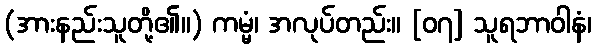
(အားနည်းသူတို့၏။) ကမ္မံ၊ အလုပ်တည်း။ [၀၇] သူရဘာဝါနံ၊